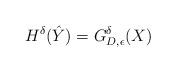
LaTeX: \begin{align*}H^{\delta}(\hat{Y}) = G_{D, \epsilon}^{\delta}(X) \end{align*}